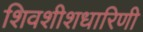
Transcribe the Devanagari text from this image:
शिवशीशधारिणी